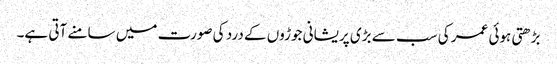
بڑھتی ہوئی عمر کی سب سے بڑی پریشانی جوڑوں کے درد کی صورت میں سامنے آتی ہے۔